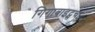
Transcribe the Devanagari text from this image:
गिगाबाइट्सचा